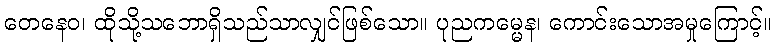
တေနေဝ၊ ထိုသို့သဘောရှိသည်သာလျှင်ဖြစ်သော။ ပုညကမ္မေန၊ ကောင်းသောအမှုကြောင့်။